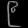
Digit: ၉